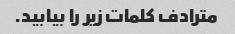
مترادف کلمات زیر را بیابید.